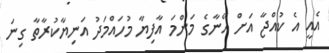
އެއީ އެ ކުއްޖާ އަށް އޭނާގެ މަންމަ އާފިޔާ މުހައްމަދު އަނިޔާކުރާތާ ގިނަ